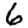
Digit: 6